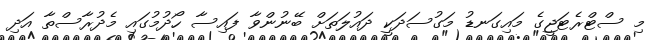
މި ސްޓްރެޓަޖީގެ މައިގަނޑު މަގުސަދަކީ ދައުލަތަށް ބޭނުންވާ ފައިސާ ހޯދުމުގައި މެދުރާސްތާ އަދި